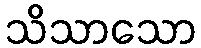
သိသာသော